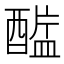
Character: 𲆷